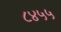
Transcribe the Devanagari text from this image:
८४५५